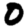
Digit: 0